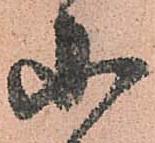
小